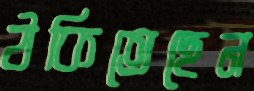
ঠকিতেছেন